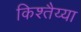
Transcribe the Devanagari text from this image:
किश्तैय्या